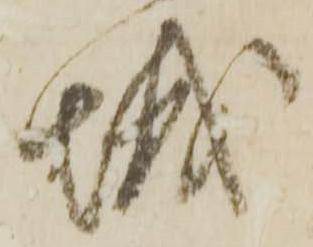
城